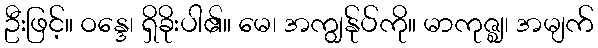
ဦးဖြင့်။ ဝန္ဒေ၊ ရှိခိုးပါ၏။ မေ၊ အကျွန်ုပ်ကို။ မာကုဇ္ဈ၊ အမျက်